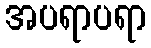
အပရာပရာ